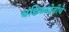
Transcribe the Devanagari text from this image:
चंडिकादेवीचे